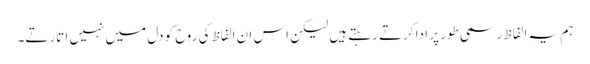
ہم یہ الفاظ رسمی طور پر ادا کرتے رہتے ہیں لیکن اس ان الفاظ کی روح کو دل میں نہیں اتارتے۔